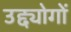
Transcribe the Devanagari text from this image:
उद्द्योगों